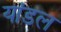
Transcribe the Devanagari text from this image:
यांडल